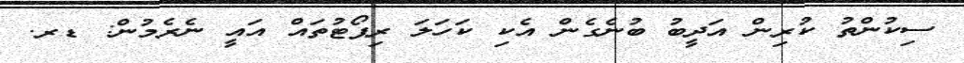
ސިކުންތު ކުރިން އަދީބު ބުނެގެން އެކި ކަހަލަ ރިޕޯޓުތައް އައީ ނެރެމުން: ޑރ.